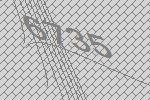
6735